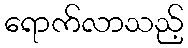
ရောက်လာသည့်